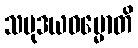
သမုဒယဓမ္မောတိ